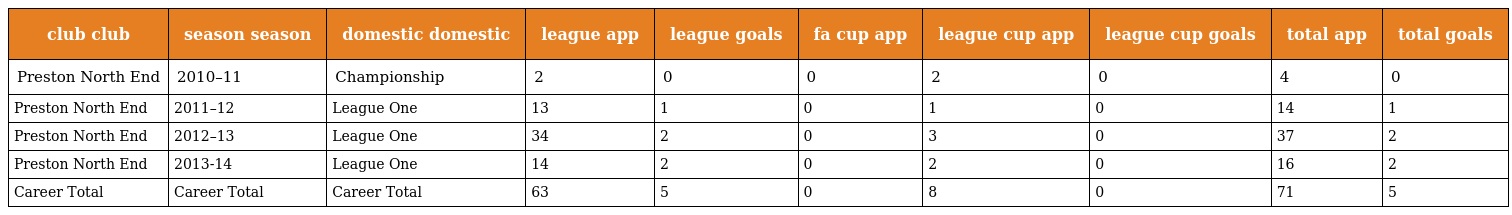
| club club | season season | domestic domestic | league app | league goals | fa cup app | league cup app | league cup goals | total app | total goals |
 | --- | --- | --- | --- | --- | --- | --- | --- | --- | --- |
 | Preston North End | 2010–11 | Championship | 2 | 0 | 0 | 2 | 0 | 4 | 0 |
 | Preston North End | 2011–12 | League One | 13 | 1 | 0 | 1 | 0 | 14 | 1 |
 | Preston North End | 2012–13 | League One | 34 | 2 | 0 | 3 | 0 | 37 | 2 |
 | Preston North End | 2013-14 | League One | 14 | 2 | 0 | 2 | 0 | 16 | 2 |
 | Career Total | Career Total | Career Total | 63 | 5 | 0 | 8 | 0 | 71 | 5 |